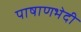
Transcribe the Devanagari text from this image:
पाषाणभेदी